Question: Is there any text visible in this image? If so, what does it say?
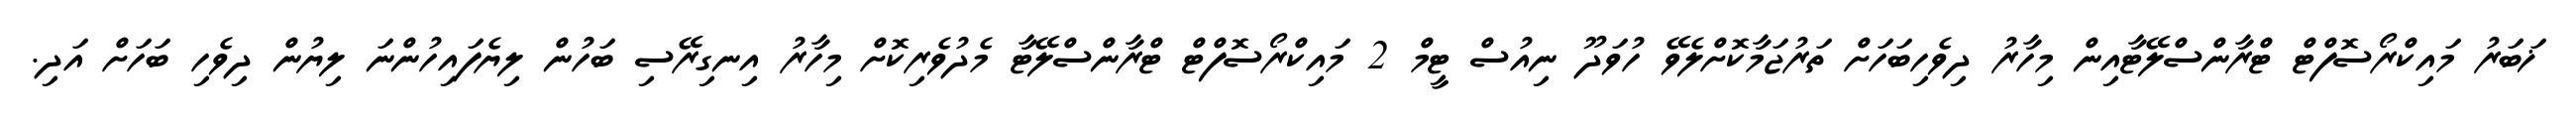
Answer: ޚަބަރު މައިކްރޯސޮފްޓް ޓްރާންސްލޭޓާއިން މިހާރު ދިވެހިބަހަށް ތަރުޖަމާކޮށްލެވޭ ހުވަދޫ ނިއުސް ޓީމް 2 މައިކްރޯސޮފްޓް ޓްރާންސްލޭޓާ މެދުވެރިކޮށް މިހާރު އިނގިރޭސި ބަހުން ލިޔެފައިހުންނަ ލިޔުން ދިވެހި ބަހަށް އަދި.